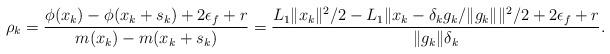
LaTeX: \begin{align*} \rho_k = \frac{\phi(x_k) - \phi(x_k+s_k) + 2\epsilon_f+r}{m(x_k) - m(x_k+s_k)} = \frac{L_1\|x_k\|^2/2 - L_1\|x_k-\delta_k g_k / \|g_k\|\|^2/2 + 2\epsilon_f+r}{\|g_k\| \delta_k}. \end{align*}